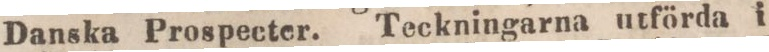
Danska Prospecter. Teckningarna utförda i